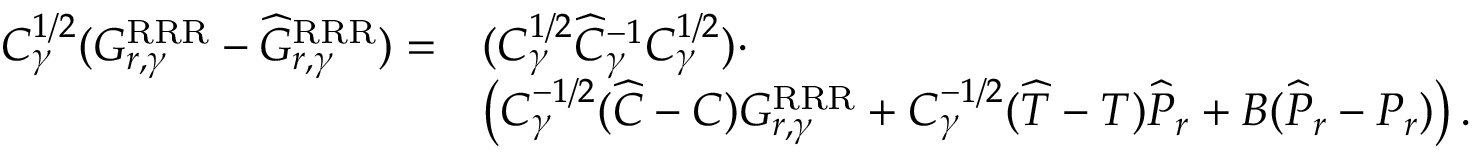
\begin{array} { r l } { C _ { \gamma } ^ { 1 / 2 } ( G _ { r , \gamma } ^ { \mathrm { R R R } } - \widehat { G } _ { r , \gamma } ^ { \mathrm { R R R } } ) = } & { ( C _ { \gamma } ^ { 1 / 2 } \widehat { C } _ { \gamma } ^ { - 1 } C _ { \gamma } ^ { 1 / 2 } ) \cdot } \\ & { \left( C _ { \gamma } ^ { - 1 / 2 } ( \widehat { C } - C ) G _ { r , \gamma } ^ { \mathrm { R R R } } + C _ { \gamma } ^ { - 1 / 2 } ( \widehat { T } - T ) \widehat { P } _ { r } + B ( \widehat { P } _ { r } - P _ { r } ) \right) . } \end{array}